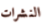
النشرات